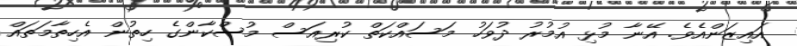
އައިޒަންއެވެ. އޭނާ މުޅި އުމުރު ދުވަހު މަސައްކަތް ކުރިއަސް މުސްކާންގެ ހިތުން އެހިތާމަތައް